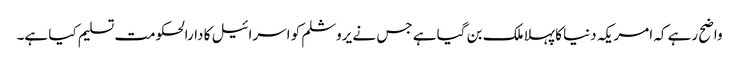
واضح رہے کہ امریکہ دنیا کا پہلا ملک بن گیا ہے جس نے یروشلم کو اسرائیل کا دارالحکومت تسلیم کیا ہے۔